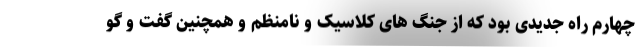
چهارم راه جدیدی بود که از جنگ های کلاسیک و نامنظم و همچنین گفت و گو